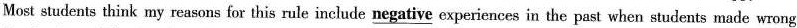
Most students think my reasons for this rule include negative experiences in the past when students made wrong